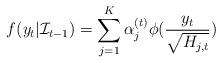
LaTeX: \begin{align*}f(y_t|\mathcal{I}_{t-1})= \sum_{j=1}^{K}{\alpha_j^{(t)}\phi(\frac{y_t}{\sqrt{H_{j,t}}})}\end{align*}